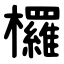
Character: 欏